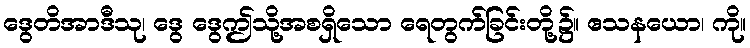
ဒွေတိအာဒီသု၊ ဒွေ ဒွေဤသို့အစရှိသော ရေတွက်ခြင်းတို့၌။ ဧသနယော၊ ကို။